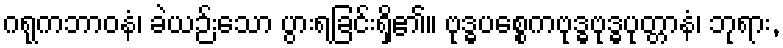
ဂရုကဘာဝနံ၊ ခဲယဉ်းသော ပွားရခြင်းရှိ၏။ ဗုဒ္ဓပစ္စေကဗုဒ္ဓဗုဒ္ဓပုတ္တာနံ၊ ဘုရား,